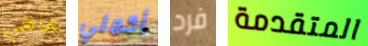
ماهي أكملي فرد المتقدمة